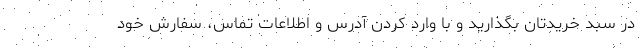
در سبد خریدتان بگذارید و با وارد کردن آدرس و اطلاعات تماس، سفارش خود